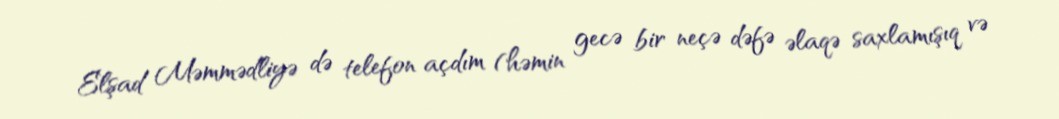
Elşad Məmmədliyə də telefon açdım (həmin gecə bir neçə dəfə əlaqə saxlamışıq və